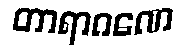
တာရာဂဏေ